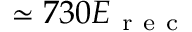
\simeq 7 3 0 E _ { \mathrm { ~ r ~ e ~ c ~ } }